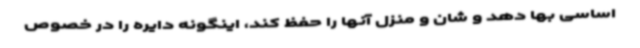
اساسی بها دهد و شان و منزل آنها را حفظ کند، اینگونه دایره را در خصوص